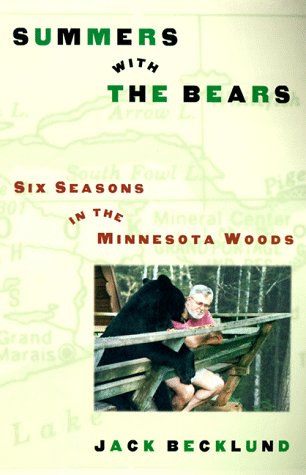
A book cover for Summers with the Bears: Six Seasons in the North Woods; Jack Becklund; Sports & Outdoors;